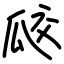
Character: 㼎